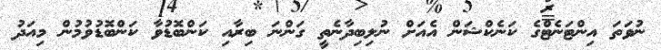
ނުވަތަ އިންޓަނެޓްގެ ކަނެކްޝަން އެއަށް ނުލިބިދާނެތީ ގަންނަ ބިރާއި ކަންބޮޑުވާ ކަންބޮޑުވުމުން މިއަދު